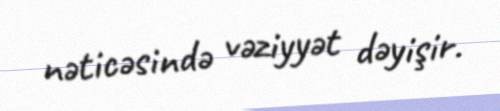
nəticəsində vəziyyət dəyişir.